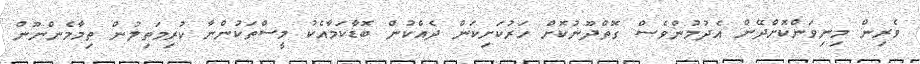
ވެރިން މިނިވަންކޮށްދޭން އެދުމުންވެސް ގޮތްދޫނުކޮށް ހަރުކަށިކަން ދެއްކުން ބޮޑާކަމާއެކު މީސްތަކުންނާ ކުރިމަތިލުން ތިމާމެންނޫން